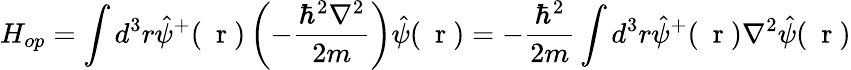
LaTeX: H_{op}=\int d^{3}r\hat{\psi}^{+}(\mathrm{~\mathbf~r~})\left(-\frac{\hbar^{2}\nabla^{2}}{2m}\right)\hat{\psi}(\mathrm{~\mathbf~r~})=-\frac{\hbar^{2}}{2m}\int d^{3}r\hat{\psi}^{+}(\mathrm{~\mathbf~r~})\nabla^{2}\hat{\psi}(\mathrm{~\mathbf~r~})